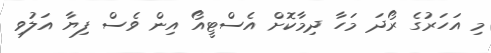
މި އަހަރުގެ ރޯދަ މަހާ ދިމާކޮށް އެސްޓީއޯ އިން ވެސް ފިޔާ އަލުވި